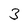
Character: 3